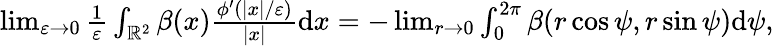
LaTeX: \begin{array}{r}{\operatorname*{lim}_{\varepsilon\to 0}\frac{1}{\varepsilon}\int_{\mathbb{R}^{2}}\beta(x)\frac{\phi^{\prime}(|x|/\varepsilon)}{|x|}\textrm{d}x=-\operatorname*{lim}_{r\to 0}\int_{0}^{2\pi}\beta(r\cos\psi,r\sin\psi)\textrm{d}\psi,}\end{array}